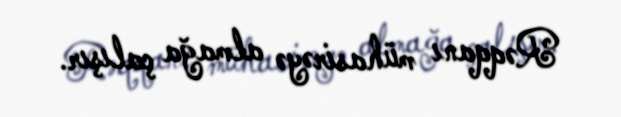
Rəqqanı mühasirəyə almağa çalışır.